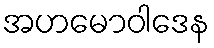
အဟမောဝါဒေန